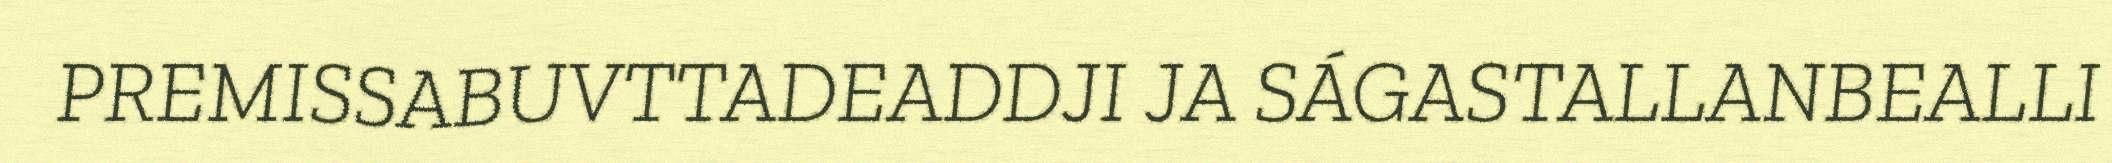
PREMISSABUVTTADEADDJI JA SÁGASTALLANBEALLI